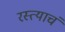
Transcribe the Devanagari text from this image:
रस्त्याचं